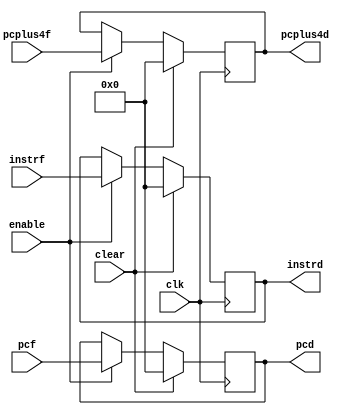
module fetch_pipe(input [31:0] instrf, pcf, pcplus4f, 
		      input clk, enable, clear, 
		      output reg[31:0] instrd, pcd, pcplus4d);

	always@(posedge clk)begin

		if(clear)begin
			instrd = 32'b0;
			pcd = 32'b0;
			pcplus4d = 32'b0;
		end
		else if(enable)begin
			instrd = instrf;
			pcd = pcf;
			pcplus4d = pcplus4f;
		end
		else begin
			instrd = instrd;
			pcd = pcd;
			pcplus4d = pcplus4d;
		end
	end

endmodule